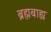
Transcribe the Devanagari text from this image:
ब्रह्मबाह्य